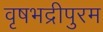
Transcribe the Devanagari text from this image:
वृषभद्रीपुरम